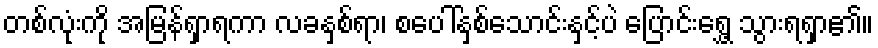
တစ်လုံးကို အမြန်ရှာရကာ လခနှစ်ရာ၊ စပေါ်နှစ်သောင်းနှင့်ပဲ ပြောင်းရွှေ့ သွားရရှာ၏။